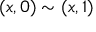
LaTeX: ( x , 0 ) \sim ( x , 1 )